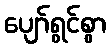
ပျော်ရွင်စွာ